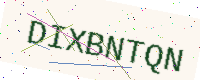
Text: DIXBNTQN